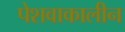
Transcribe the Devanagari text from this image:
पेशवाकालीन